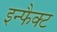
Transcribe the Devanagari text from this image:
इन्फैक्ट